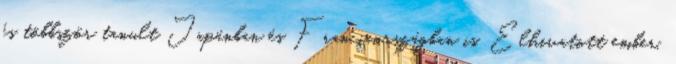
és többször tanult Japánban és Franciaországban is. Elhivatott ember,